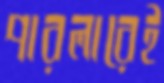
পারলারেই